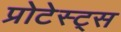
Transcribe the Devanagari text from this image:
प्रोटेस्ट्स